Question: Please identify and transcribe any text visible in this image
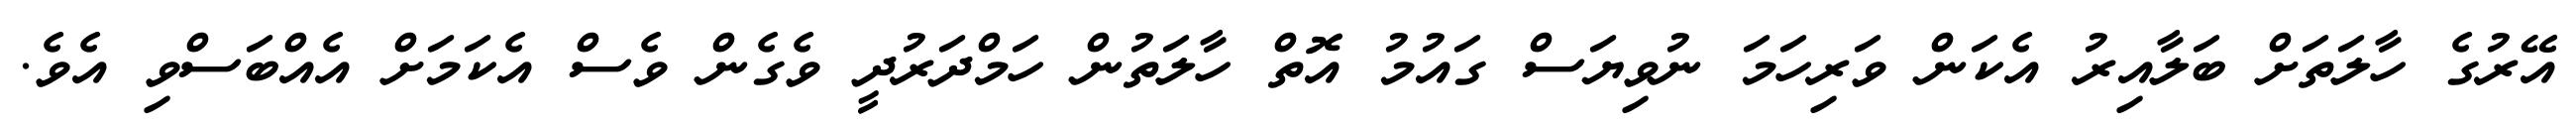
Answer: އޭރުގެ ހާލަތަށް ބަލާއިރު އެކަން ވަރިހަމަ ނުވިޔަސް ގައުމު އޮތް ހާލަތުން ހަމްދަރުދީ ވެގެން ވެސް އެކަމަށް އެއްބަސްވި އެވެ.